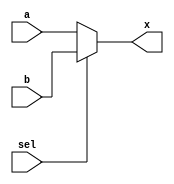
module mux12bit(
    input [11:0] a,
    input [11:0] b,
    input sel,
    output reg [11:0] x
    );

always @*
if (~sel)
	x <= a;
else
	x <= b;
endmodule